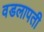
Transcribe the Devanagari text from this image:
वडलापती